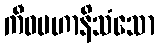
ကီဝမဟာနိသံသော